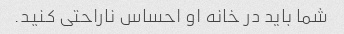
شما باید در خانه او احساس ناراحتی کنید.